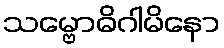
သမ္ဗောဓိဂါမိနော